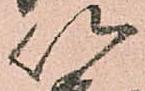
以